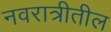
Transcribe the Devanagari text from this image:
नवरात्रीतील